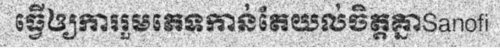
ធ្វើឲ្យការរួមភេទកាន់តែយល់ចិត្តគ្នាSanofi